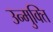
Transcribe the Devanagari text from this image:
उन्मुक्‍ति